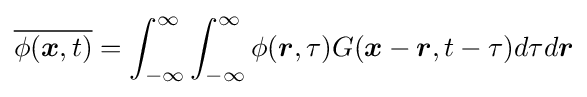
{\overline {\phi ({\boldsymbol {x}},t)}}=\displaystyle {\int _{-\infty }^{\infty }}\int _{-\infty }^{\infty }\phi ({\boldsymbol {r}},\tau )G({\boldsymbol {x}}-{\boldsymbol {r}},t-\tau )d\tau d{\boldsymbol {r}}